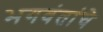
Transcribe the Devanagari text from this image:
भगवंतांचे